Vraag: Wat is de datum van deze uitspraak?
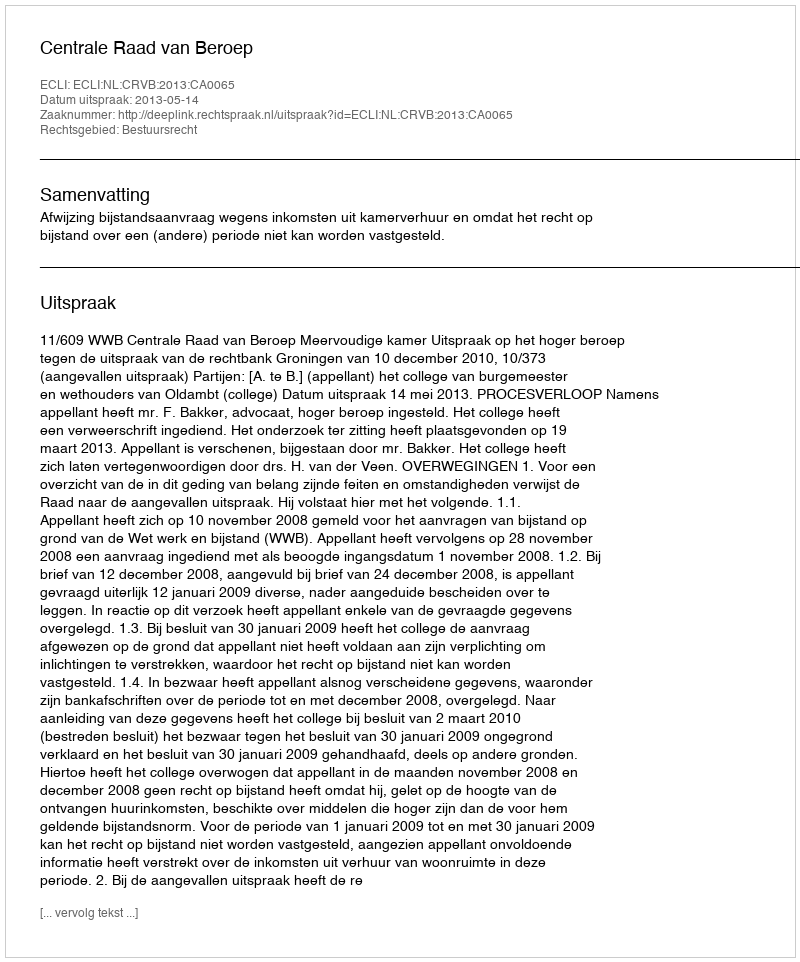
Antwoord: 2013-05-14